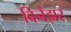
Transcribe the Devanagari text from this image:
विनैझर